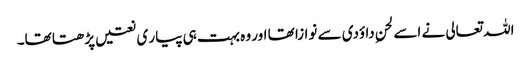
اللہ تعالی نے اسے لحنِ داؤدی سے نوازا تھا اور وہ بہت ہی پیار ی نعتیں پڑھتا تھا۔